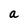
Character: a